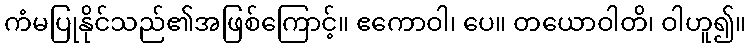
ကံမပြုနိုင်သည်၏အဖြစ်ကြောင့်။ ဧကောဝါ၊ ပေ။ တယောဝါတိ၊ ဝါဟူ၍။